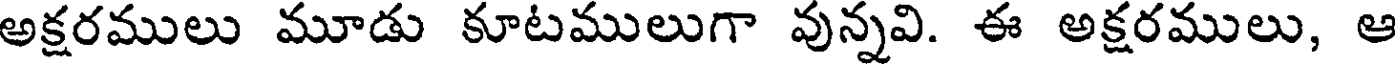
అక్షరములు మూడు కూటములుగా వున్నవి. ఈ అక్షరములు, ఆ